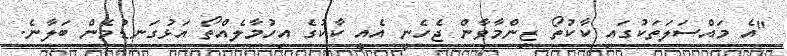
"އެ މައްސަލަތަކުގައި ކާކުތޯ ޒިންމާވާން ޖެހެނީ އެއީ ކާކުގެ އިހުމާލެއްތޯ އަޅުގަނޑުމެން ބަލާނެ.